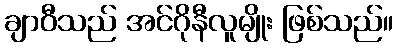
ချာဝီသည် အင်ဂိုနီလူမျိုး ဖြစ်သည်။